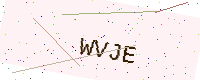
Text: WVJE